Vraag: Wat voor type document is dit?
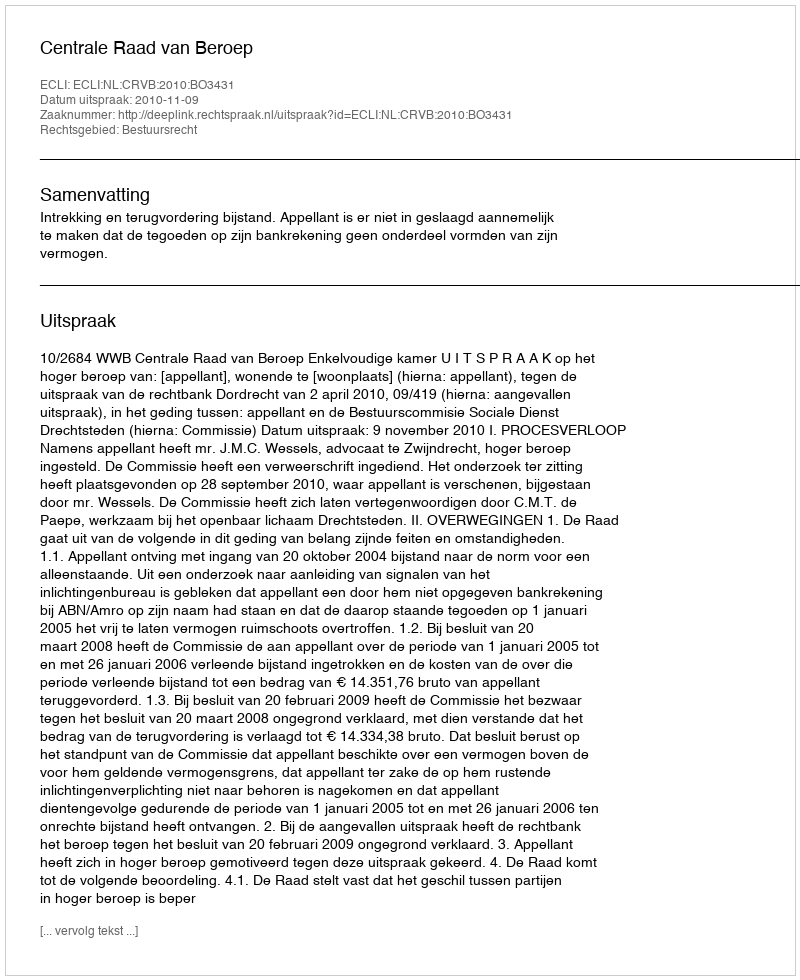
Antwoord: Uitspraak